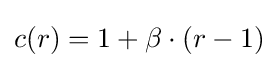
c(r)=1+\beta \cdot (r-1)